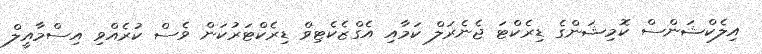
އިލެކްޝަންސް ކޮމިޝަންގެ ޑިރެކްޓަ ޖެނެރަލް ކަމާއި އެގްޒެކެޓިވް ޑިރެކްޓަރުކަން ވެސް ކުރެއްވި އިސްމާއީލް